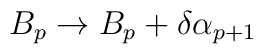
B_{p} \rightarrow B_{p} + \delta \alpha_{p+1}